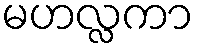
မဟလ္လကာ